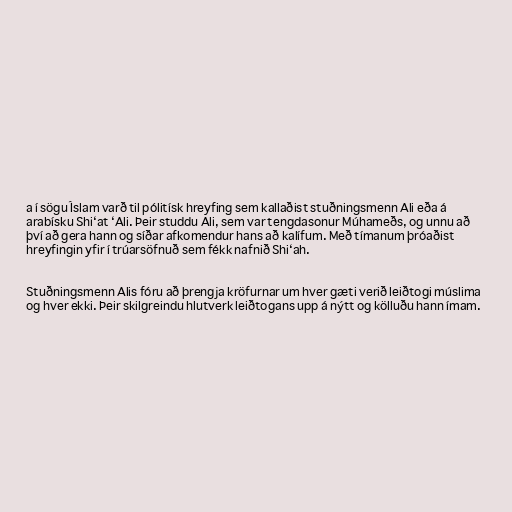
a í sögu Íslam varð til pólitísk hreyfing sem kallaðist stuðningsmenn Ali eða á
arabísku Shi‘at ‘Ali. Þeir studdu Ali, sem var tengdasonur Múhameðs, og unnu að
því að gera hann og síðar afkomendur hans að kalífum. Með tímanum þróaðist
hreyfingin yfir í trúarsöfnuð sem fékk nafnið Shi‘ah.

Stuðningsmenn Alis fóru að þrengja kröfurnar um hver gæti verið leiðtogi múslima
og hver ekki. Þeir skilgreindu hlutverk leiðtogans upp á nýtt og kölluðu hann ímam.